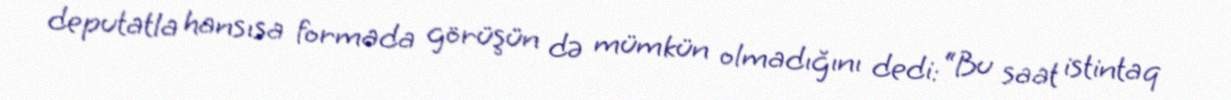
deputatla hansısa formada görüşün də mümkün olmadığını dedi: “Bu saat istintaq